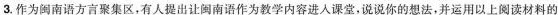
3.作为闽南语方言聚集区，有人提出让闽南语作为教学内容进人课堂，说说你的想法，并运用以上阅读材料